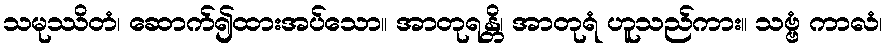
သမုဿိတံ၊ ဆောက်၍ထားအပ်သော။ အာတုရန္တိ၊ အာတုရံ ဟူသည်ကား။ သဗ္ဗံ ကာလံ၊